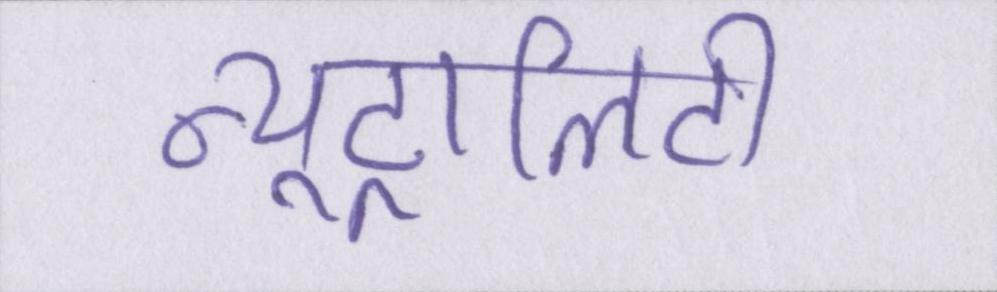
न्यूट्रालिटी